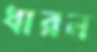
ধারন